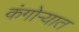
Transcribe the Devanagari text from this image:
कंगोऱ्यात